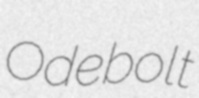
Odebolt